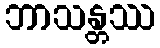
ဘာသန္တဿ